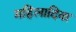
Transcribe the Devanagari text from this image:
महिलादिवा